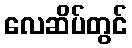
လေဆိပ်တွင်